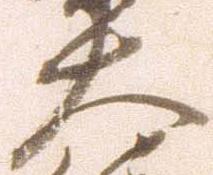
大